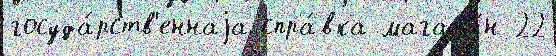
госуда́рств'еннаjа спра́вка магаз'и́н 22